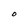
Character: O